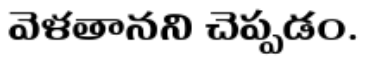
వెళతానని చెప్పడం.